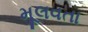
મૂલવતા